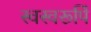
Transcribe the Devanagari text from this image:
स्वस्वरूपिं